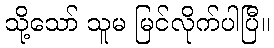
သို့သော် သူမ မြင်လိုက်ပါပြီ။